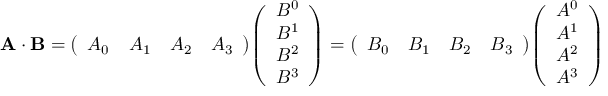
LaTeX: \mathbf { A \cdot B } = { \left( \begin{array} { l l l l } { A _ { 0 } } & { A _ { 1 } } & { A _ { 2 } } & { A _ { 3 } } \end{array} \right) } { \left( \begin{array} { l } { B ^ { 0 } } \\ { B ^ { 1 } } \\ { B ^ { 2 } } \\ { B ^ { 3 } } \end{array} \right) } = { \left( \begin{array} { l l l l } { B _ { 0 } } & { B _ { 1 } } & { B _ { 2 } } & { B _ { 3 } } \end{array} \right) } { \left( \begin{array} { l } { A ^ { 0 } } \\ { A ^ { 1 } } \\ { A ^ { 2 } } \\ { A ^ { 3 } } \end{array} \right) }